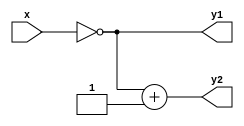
`timescale 1ns / 1ps

module Twos_Complement(x,y1,y2);
    input [3:0] x;
    output [3:0] y1,y2;
    assign y1=~x;
    assign y2=y1+1;
endmodule